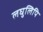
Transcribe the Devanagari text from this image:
लघुलिपि